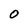
Character: 0